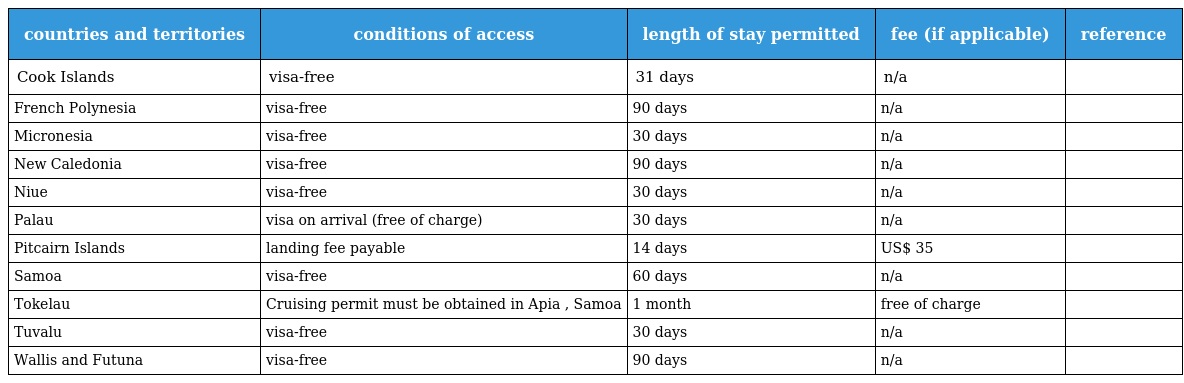
| countries and territories | conditions of access | length of stay permitted | fee (if applicable) | reference |
 | --- | --- | --- | --- | --- |
 | Cook Islands | visa-free | 31 days | n/a |  |
 | French Polynesia | visa-free | 90 days | n/a |  |
 | Micronesia | visa-free | 30 days | n/a |  |
 | New Caledonia | visa-free | 90 days | n/a |  |
 | Niue | visa-free | 30 days | n/a |  |
 | Palau | visa on arrival (free of charge) | 30 days | n/a |  |
 | Pitcairn Islands | landing fee payable | 14 days | US$ 35 |  |
 | Samoa | visa-free | 60 days | n/a |  |
 | Tokelau | Cruising permit must be obtained in Apia , Samoa | 1 month | free of charge |  |
 | Tuvalu | visa-free | 30 days | n/a |  |
 | Wallis and Futuna | visa-free | 90 days | n/a |  |